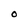
Character: O